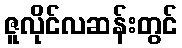
ဇူလိုင်လဆန်းတွင်